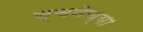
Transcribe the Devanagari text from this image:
सूचनेच्या